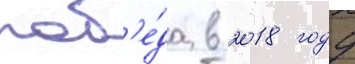
поб'е́да в 2018 году